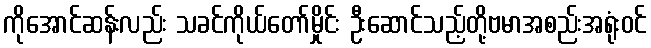
ကိုအောင်ဆန်းလည်း သခင်ကိုယ်တော်မှိုင်း ဦးဆောင်သည့်တို့ဗမာအစည်းအရုံးဝင်